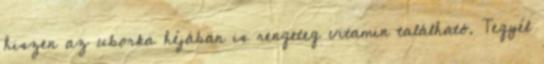
hiszen az uborka héjában is rengeteg vitamin található. Tegyél